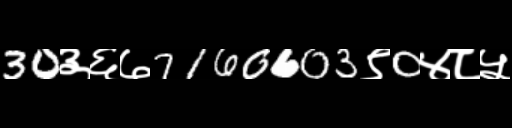
Text: 30३६७7160603९0४८५